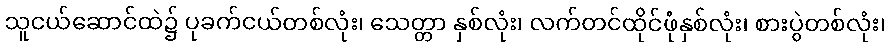
သူငယ်ဆောင်ထဲ၌ ပုခက်ငယ်တစ်လုံး၊ သေတ္တာ နှစ်လုံး၊ လက်တင်ထိုင်ဖုံနှစ်လုံး၊ စားပွဲတစ်လုံး၊